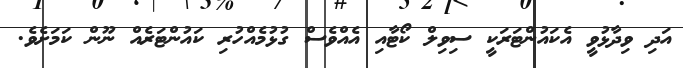
އަދި ވިދާޅުވީ އެކައުންޓަރަކީ ސިވިލް ކޯޓާއި އެއްވެސް ގުޅުމެއްހުރި ކައުންޓަރެއް ނޫން ކަމަށެވެ.